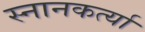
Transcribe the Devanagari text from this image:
स्नानकर्त्या